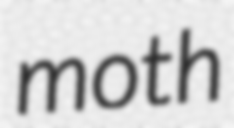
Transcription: moth